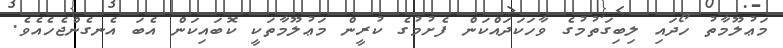
މަޢުލޫމާތު ހޯދައި ލިބިގަތުމުގެ ވާހަކަދައްކަން ފެށުމުގެ ކުރީން މަޢުލޫމާތަކީ ކޮބައިކަން އެބަ އެނގެންޖެހެއެވެ.